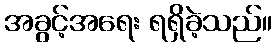
အခွင့်အရေး ရရှိခဲ့သည်။